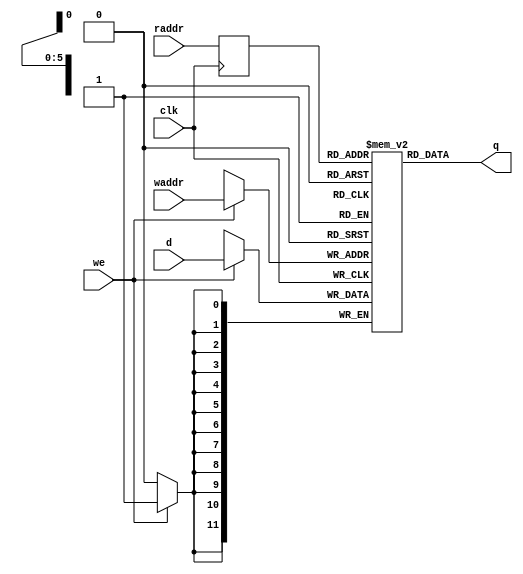
module SUB_RAMZ
#(
    parameter RAMADDR_W=6,
    parameter RAMDATA_W=12
)
(
    input wire [RAMDATA_W - 1:0]  d,
    input wire [RAMADDR_W - 1:0]  waddr,
    input wire [RAMADDR_W - 1:0]  raddr,
    input wire 			  we,
    input wire 			  clk,
    output wire [RAMDATA_W - 1:0] q
);

   //type mem_type is array ((2**RAMADDR_W)-1 downto 0) of 
   //  STD_LOGIC_VECTOR(RAMDATA_W-1 downto 0);
   //signal mem                    : mem_type;
   localparam MEM_SIZE = 2**RAMADDR_W;   
   reg [RAMDATA_W-1:0] mem[0:MEM_SIZE-1];   
   reg [RAMADDR_W-1:0] read_addr;  


    //-----------------------------------------------------------------------------
    //q_sg:
    //-----------------------------------------------------------------------------
    // q <= mem(TO_INTEGER(UNSIGNED(read_addr)));
    assign q = mem[read_addr];
    
  //-----------------------------------------------------------------------------
  //read_proc: -- register read address
  //-----------------------------------------------------------------------------
  always @(posedge clk) begin
    read_addr <= raddr;
  end

  //-----------------------------------------------------------------------------
  //write_proc: --write access
  //-----------------------------------------------------------------------------
  always @(posedge clk) begin
    if(we == 1'b1) begin
      //mem(TO_INTEGER(UNSIGNED(waddr))) <= d;
	mem[waddr] <= d;
    end
  end


endmodule